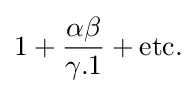
1+{\frac {\alpha \beta }{\gamma .1}}+{\mbox{etc.}}